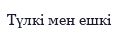
Түлкі мен ешкі